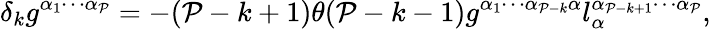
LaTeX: \delta_{k}g^{\alpha_{1}\cdots\alpha_{\mathcal{P}}}=-(\mathcal{P}-k+1)\theta(\mathcal{P}-k-1)g^{\alpha_{1}\cdots\alpha_{\mathcal{P}-k}\alpha}l_{\alpha}^{\alpha_{\mathcal{P}-k+1}\cdots\alpha_{\mathcal{P}}},